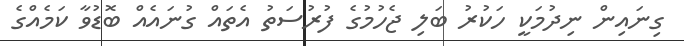
ގިނައިން ނިދުމަކީ ހަކުރު ބަލި ޖެހުމުގެ ފުރުސަތު އެތައް ގުނައެއް ބޮޑުވާ ކަމެއްގެ